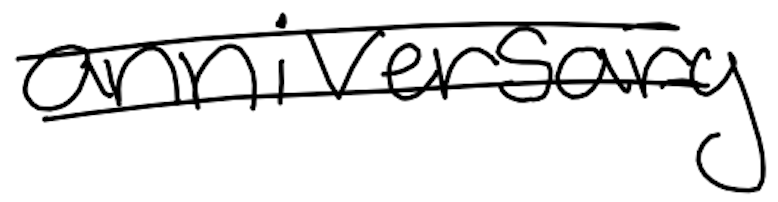
Text: anniversary
Cross-out: double-line
Writing tool: digital_black